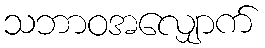
သဘာဝအလျှောက်